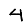
Digit: 4